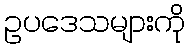
ဥပဒေသများကို